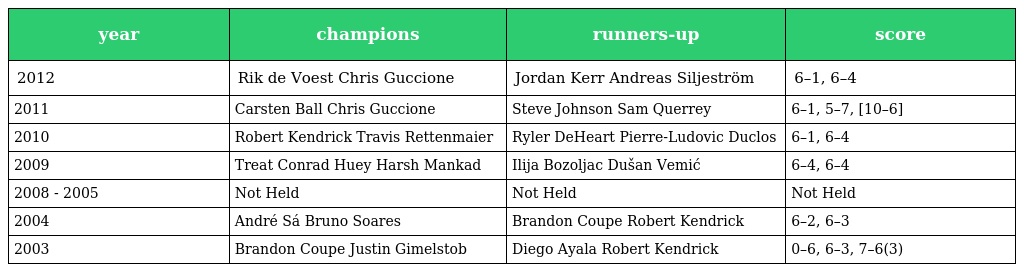
| year | champions | runners-up | score |
 | --- | --- | --- | --- |
 | 2012 | Rik de Voest Chris Guccione | Jordan Kerr Andreas Siljeström | 6–1, 6–4 |
 | 2011 | Carsten Ball Chris Guccione | Steve Johnson Sam Querrey | 6–1, 5–7, [10–6] |
 | 2010 | Robert Kendrick Travis Rettenmaier | Ryler DeHeart Pierre-Ludovic Duclos | 6–1, 6–4 |
 | 2009 | Treat Conrad Huey Harsh Mankad | Ilija Bozoljac Dušan Vemić | 6–4, 6–4 |
 | 2008 - 2005 | Not Held | Not Held | Not Held |
 | 2004 | André Sá Bruno Soares | Brandon Coupe Robert Kendrick | 6–2, 6–3 |
 | 2003 | Brandon Coupe Justin Gimelstob | Diego Ayala Robert Kendrick | 0–6, 6–3, 7–6(3) |